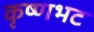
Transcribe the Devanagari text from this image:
कृष्णभट